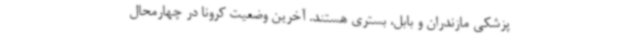
پزشکی مازندران و بابل، بستری هستند. آخرین وضعیت کرونا در چهارمحال